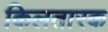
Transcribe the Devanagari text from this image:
किलतारक